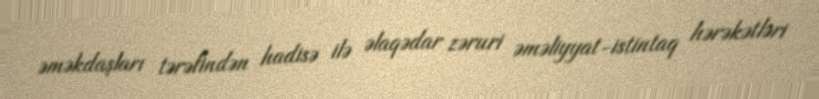
əməkdaşları tərəfindən hadisə ilə əlaqədar zəruri əməliyyat-istintaq hərəkətləri